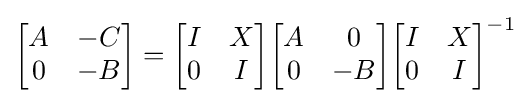
{\begin{bmatrix}A&-C\\0&-B\end{bmatrix}}={\begin{bmatrix}I&X\\0&I\end{bmatrix}}{\begin{bmatrix}A&0\\0&-B\end{bmatrix}}{\begin{bmatrix}I&X\\0&I\end{bmatrix}}^{-1}